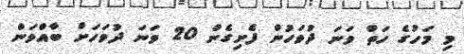
މި މަހުގެ ހަތް ވަނަ ދުވަހުން ފެށިގެން 20 ވަނަ ދުވަހަށް ބާއްވަން